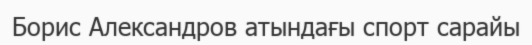
Борис Александров атындағы спорт сарайы